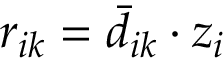
r _ { i k } = \bar { d } _ { i k } \cdot z _ { i }